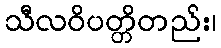
သီလဝိပတ္တိတည်း၊